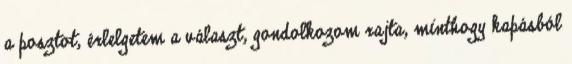
a posztot, érlelgetem a választ, gondolkozom rajta, minthogy kapásból